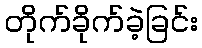
တိုက်ခိုက်ခဲ့ခြင်း